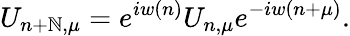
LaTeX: U_{n+\mathbb{N},\mu}=e^{iw(n)}U_{n,\mu}e^{-iw(n+\mu)}.